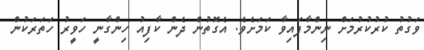
ވަގުތު ކުރުކުރުމަށް ނިންމާފައިވާ ކަމަށެވެ. އެގޮތުން ދެން ކާފިއު ހިންގާނީ ހަވީރު ހަތަރަކުން